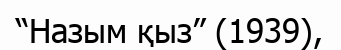
“Назым қыз” (1939),